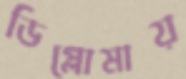
ডিপ্লোমায়